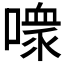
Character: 𪢊